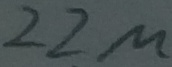
Text: 22µ